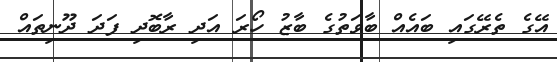
އޭގެ ތެރޭގައި ބައެއް ބާވަތުގެ ބާޒު ހޯރަ އަދި ރާބޮދި ފަދަ ދޫނިތައް